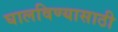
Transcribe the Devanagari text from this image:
घालविण्‍यासाठी